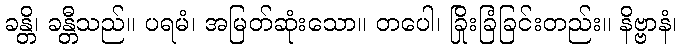
ခန္တိ၊ ခန္တီသည်။ ပရမံ၊ အမြတ်ဆုံးသော။ တပေါ၊ ခြိုးခြံခြင်းတည်း။ နိဗ္ဗာနံ၊